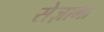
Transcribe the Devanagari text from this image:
सेज़ामा